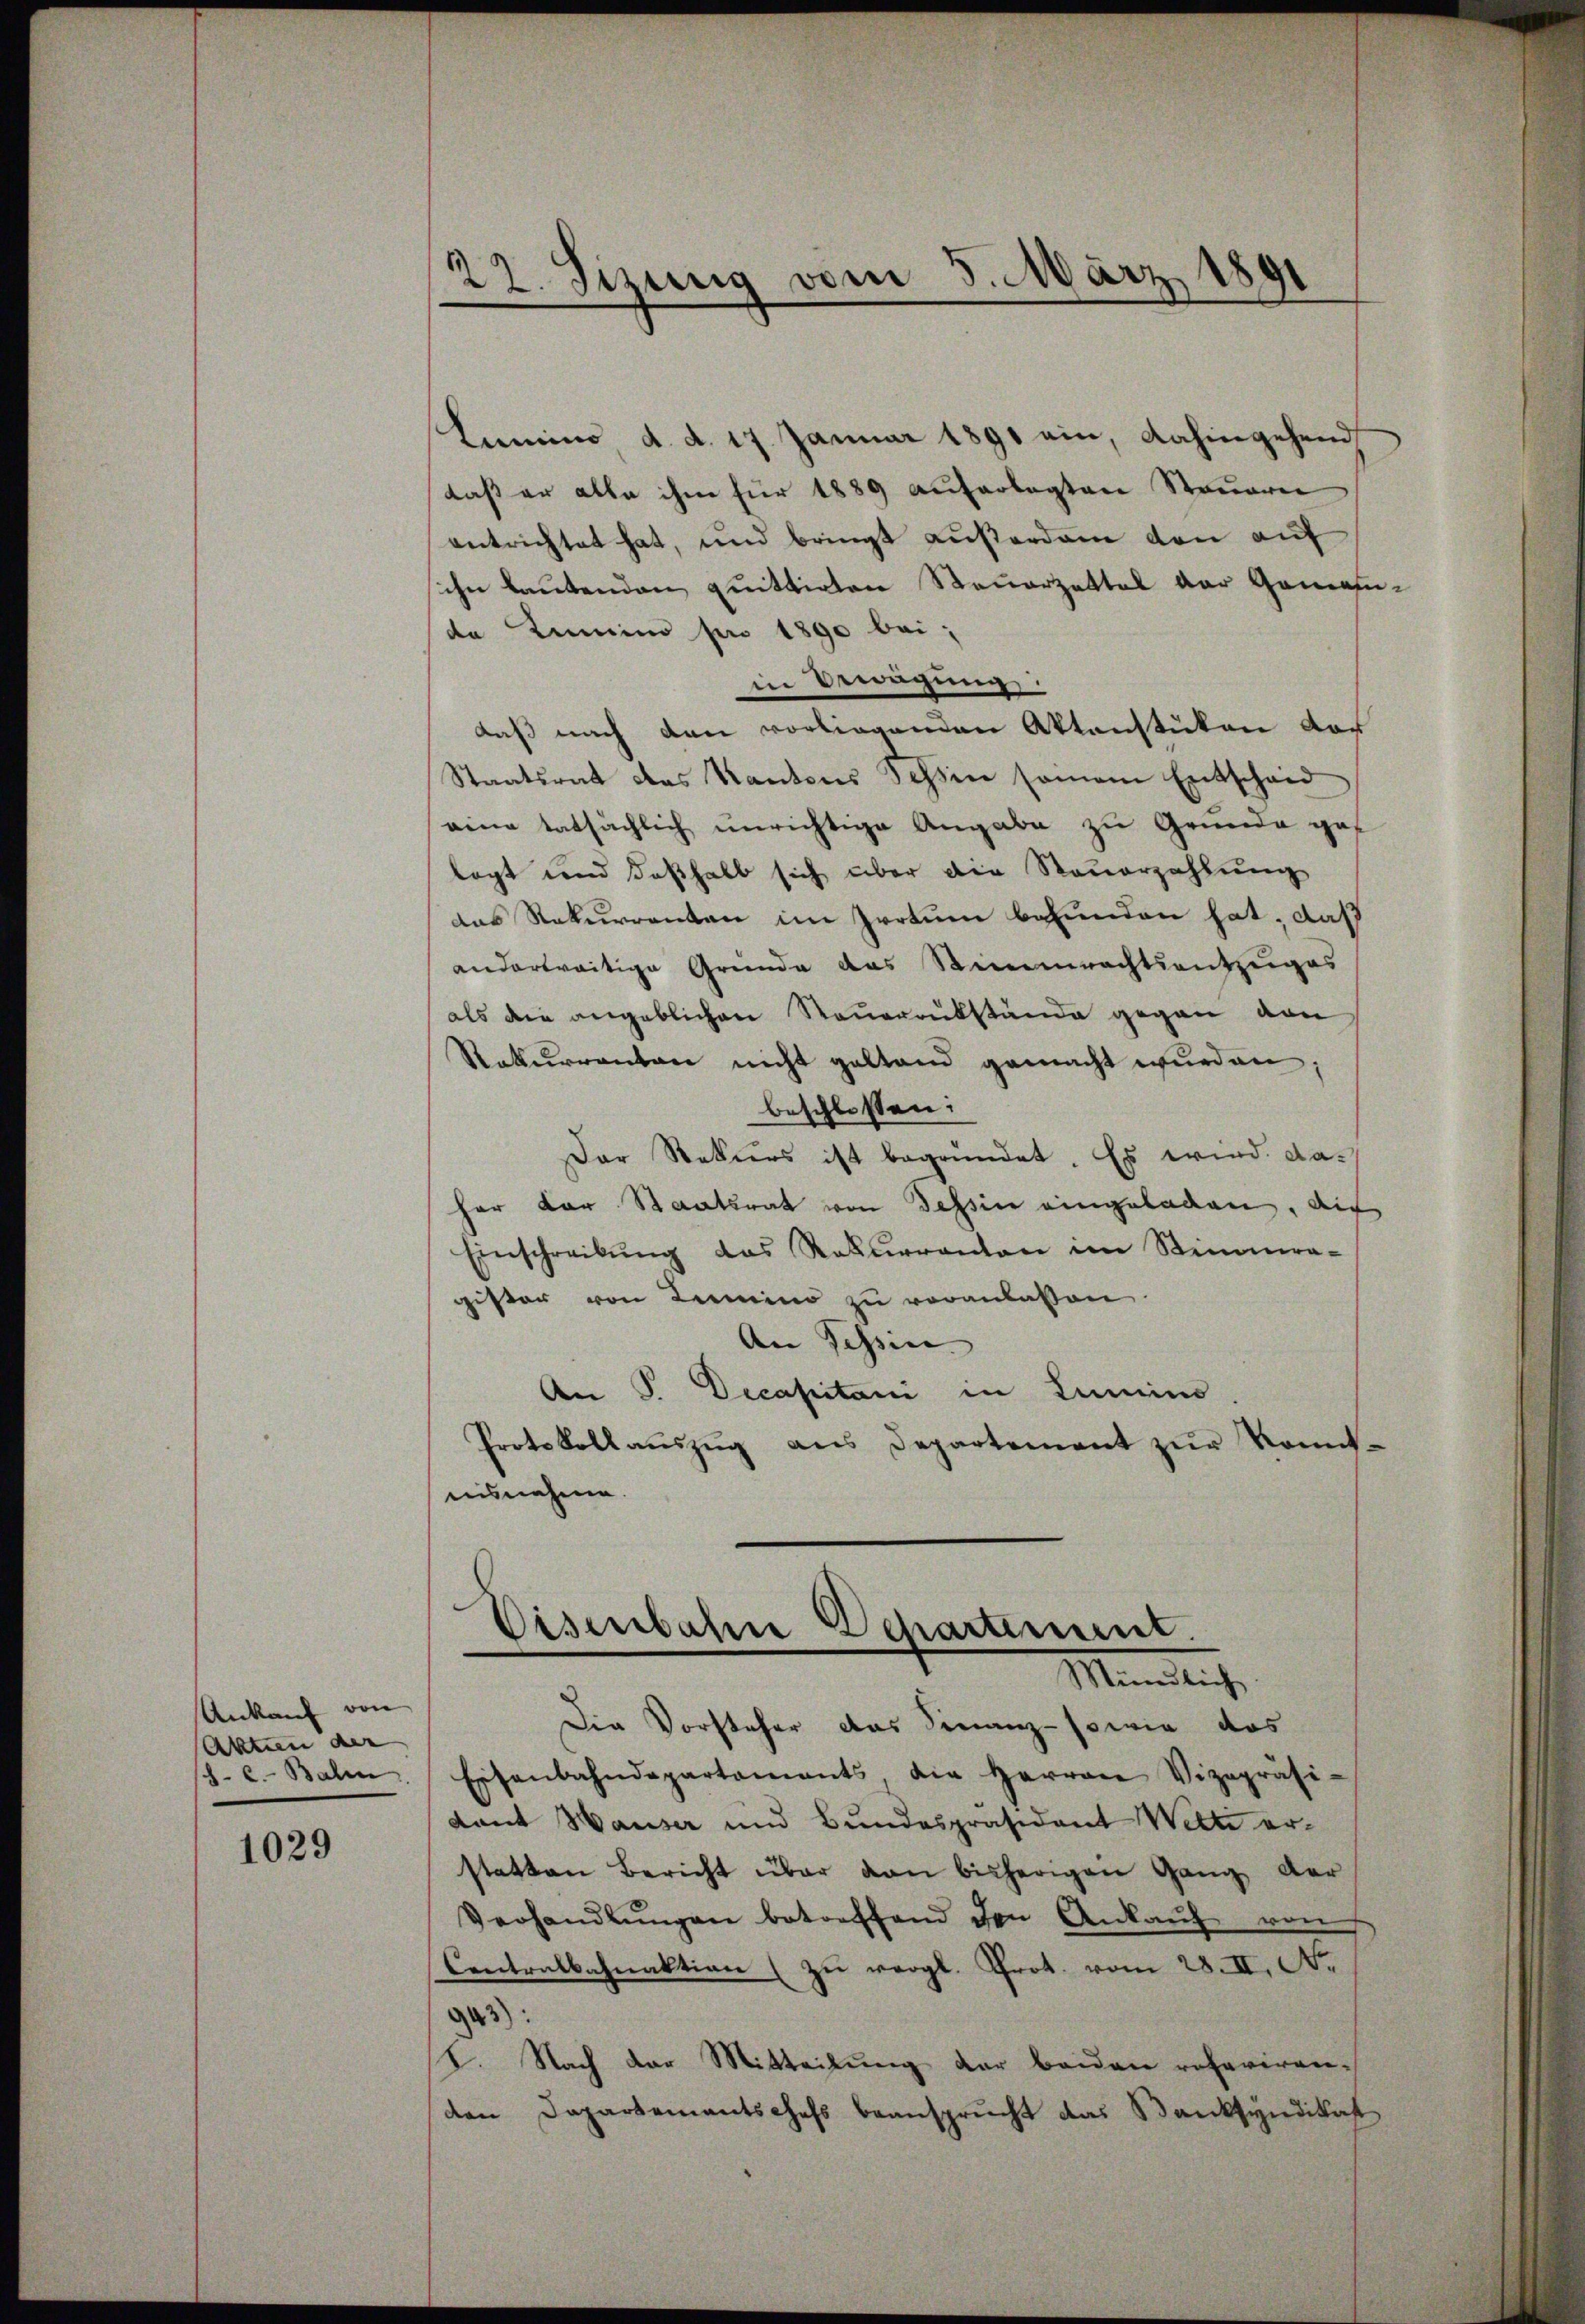
Ankauf von
Aktien der
J. C. Balin

1029

22. Sizung vom 5. März 1891

Lumino, d. d. 17. Januar 1891 ein, dahingehend
daß er alle ihm für 1889 auferlegten Steuern
entrichtet hat, und bringt außerden den auf
sihn lautenden quittirten Steuerzettel der Gemeinde Linie pro 1890 bei;
in Bewegung:
daß nach den vorliegenden Aktenstüken doch
Staatsrat des Kantons Schen samem Entscheid
eine tatsächlich unrichtige Angabe zu Grunde gef
legt und deßhalb sich über die Steuerzahlung
das Rekurrenten im Irrtum befunden hat, daß
andertreitige Gründe das Stimmrechtsentzuges
als die angeblichen Steuerrükstände gegen von
Rekurrenten nicht geltend gemacht wŭrden:
beschlossen:
Der Rekurs ist begründet. Es wird daher der Staatsrat von Tessin eingeladen, auf
Einschreibŭng das Rekuranten im Stimmer-
gister von Lemmino zu veranlassen
An Tessin |
An P. Decapitani in Lumino
Protokollaŭszŭg ans Departement zŭr Kont-
nisnahme.
c

Eisenbahne Departement.
Münstlich

Die Vorsteher das Finanz- sowie das
Eisenbahndepartaments die Herren Vizepräsi-
dant Hauser und Bundespräsident Wette er-
statten Bericht über den bisherigen Gang der
Verhandlŭngen betreffend den Ankaŭf von
Contralbahnaktion (zu vergl. Prot. vom 28. II. N.
323):
I. Nach der Mitteilung der beiden rotaviren-
den Departementschefs beansprucht das Banksyndikat